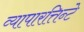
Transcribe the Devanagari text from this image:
व्यापारत्तिन्टे